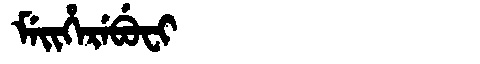
Manchu: ᠮᡝᡳᡥᡝᡵᡝᠪᡠᠸᡳ
Romanization: MEIHEREBUFI